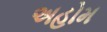
અહોમ